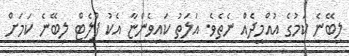
ލިބޭނެ ކަމުގެ އުއްމީދެއް ނެތެވެ. އަލަތު ކައިވެންޏާ އެކު ފްލެޓް ލިބޭނެ ކަމަށް